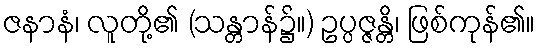
ဇနာနံ၊ လူတို့၏ (သန္တာန်၌။) ဥပ္ပဇ္ဇန္တိ၊ ဖြစ်ကုန်၏။